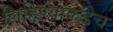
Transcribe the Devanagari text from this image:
लिहिण्याकडेच